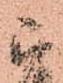
被